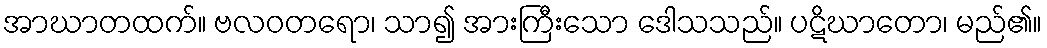
အာဃာတထက်။ ဗလဝတရော၊ သာ၍ အားကြီးသော ဒေါသသည်။ ပဋိဃာတော၊ မည်၏။